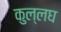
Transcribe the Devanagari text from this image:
कुल्लघ